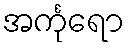
အင်္ကုရော